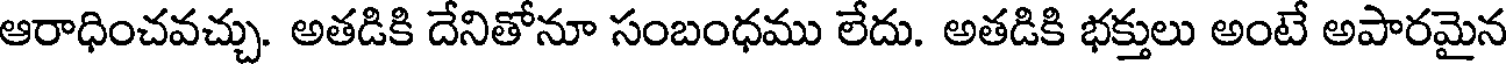
ఆరాధించవచ్చు. అతడికి దేనితోనూ సంబంధము లేదు. అతడికి భక్తులు అంటే అపారమైన